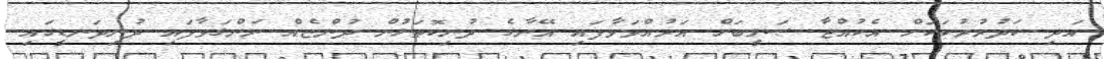
އަދި ކަދުރުރުކަކަށް އެކުއްޖާ ޞަލީބަށް އަރުއްވަވާފައި އޭނާގެ ދުނިކޮތަޅުން ދުންޏެއް ނަންގަވާފައި ދުނިދަނޑީގައި